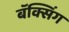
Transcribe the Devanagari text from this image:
बॅक्सिंग